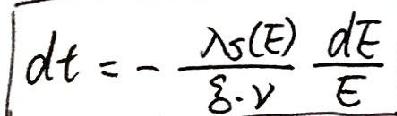
\[ dt = -\frac{\lambda s(E)}{\beta\cdot v}\frac{dE}{E} \]